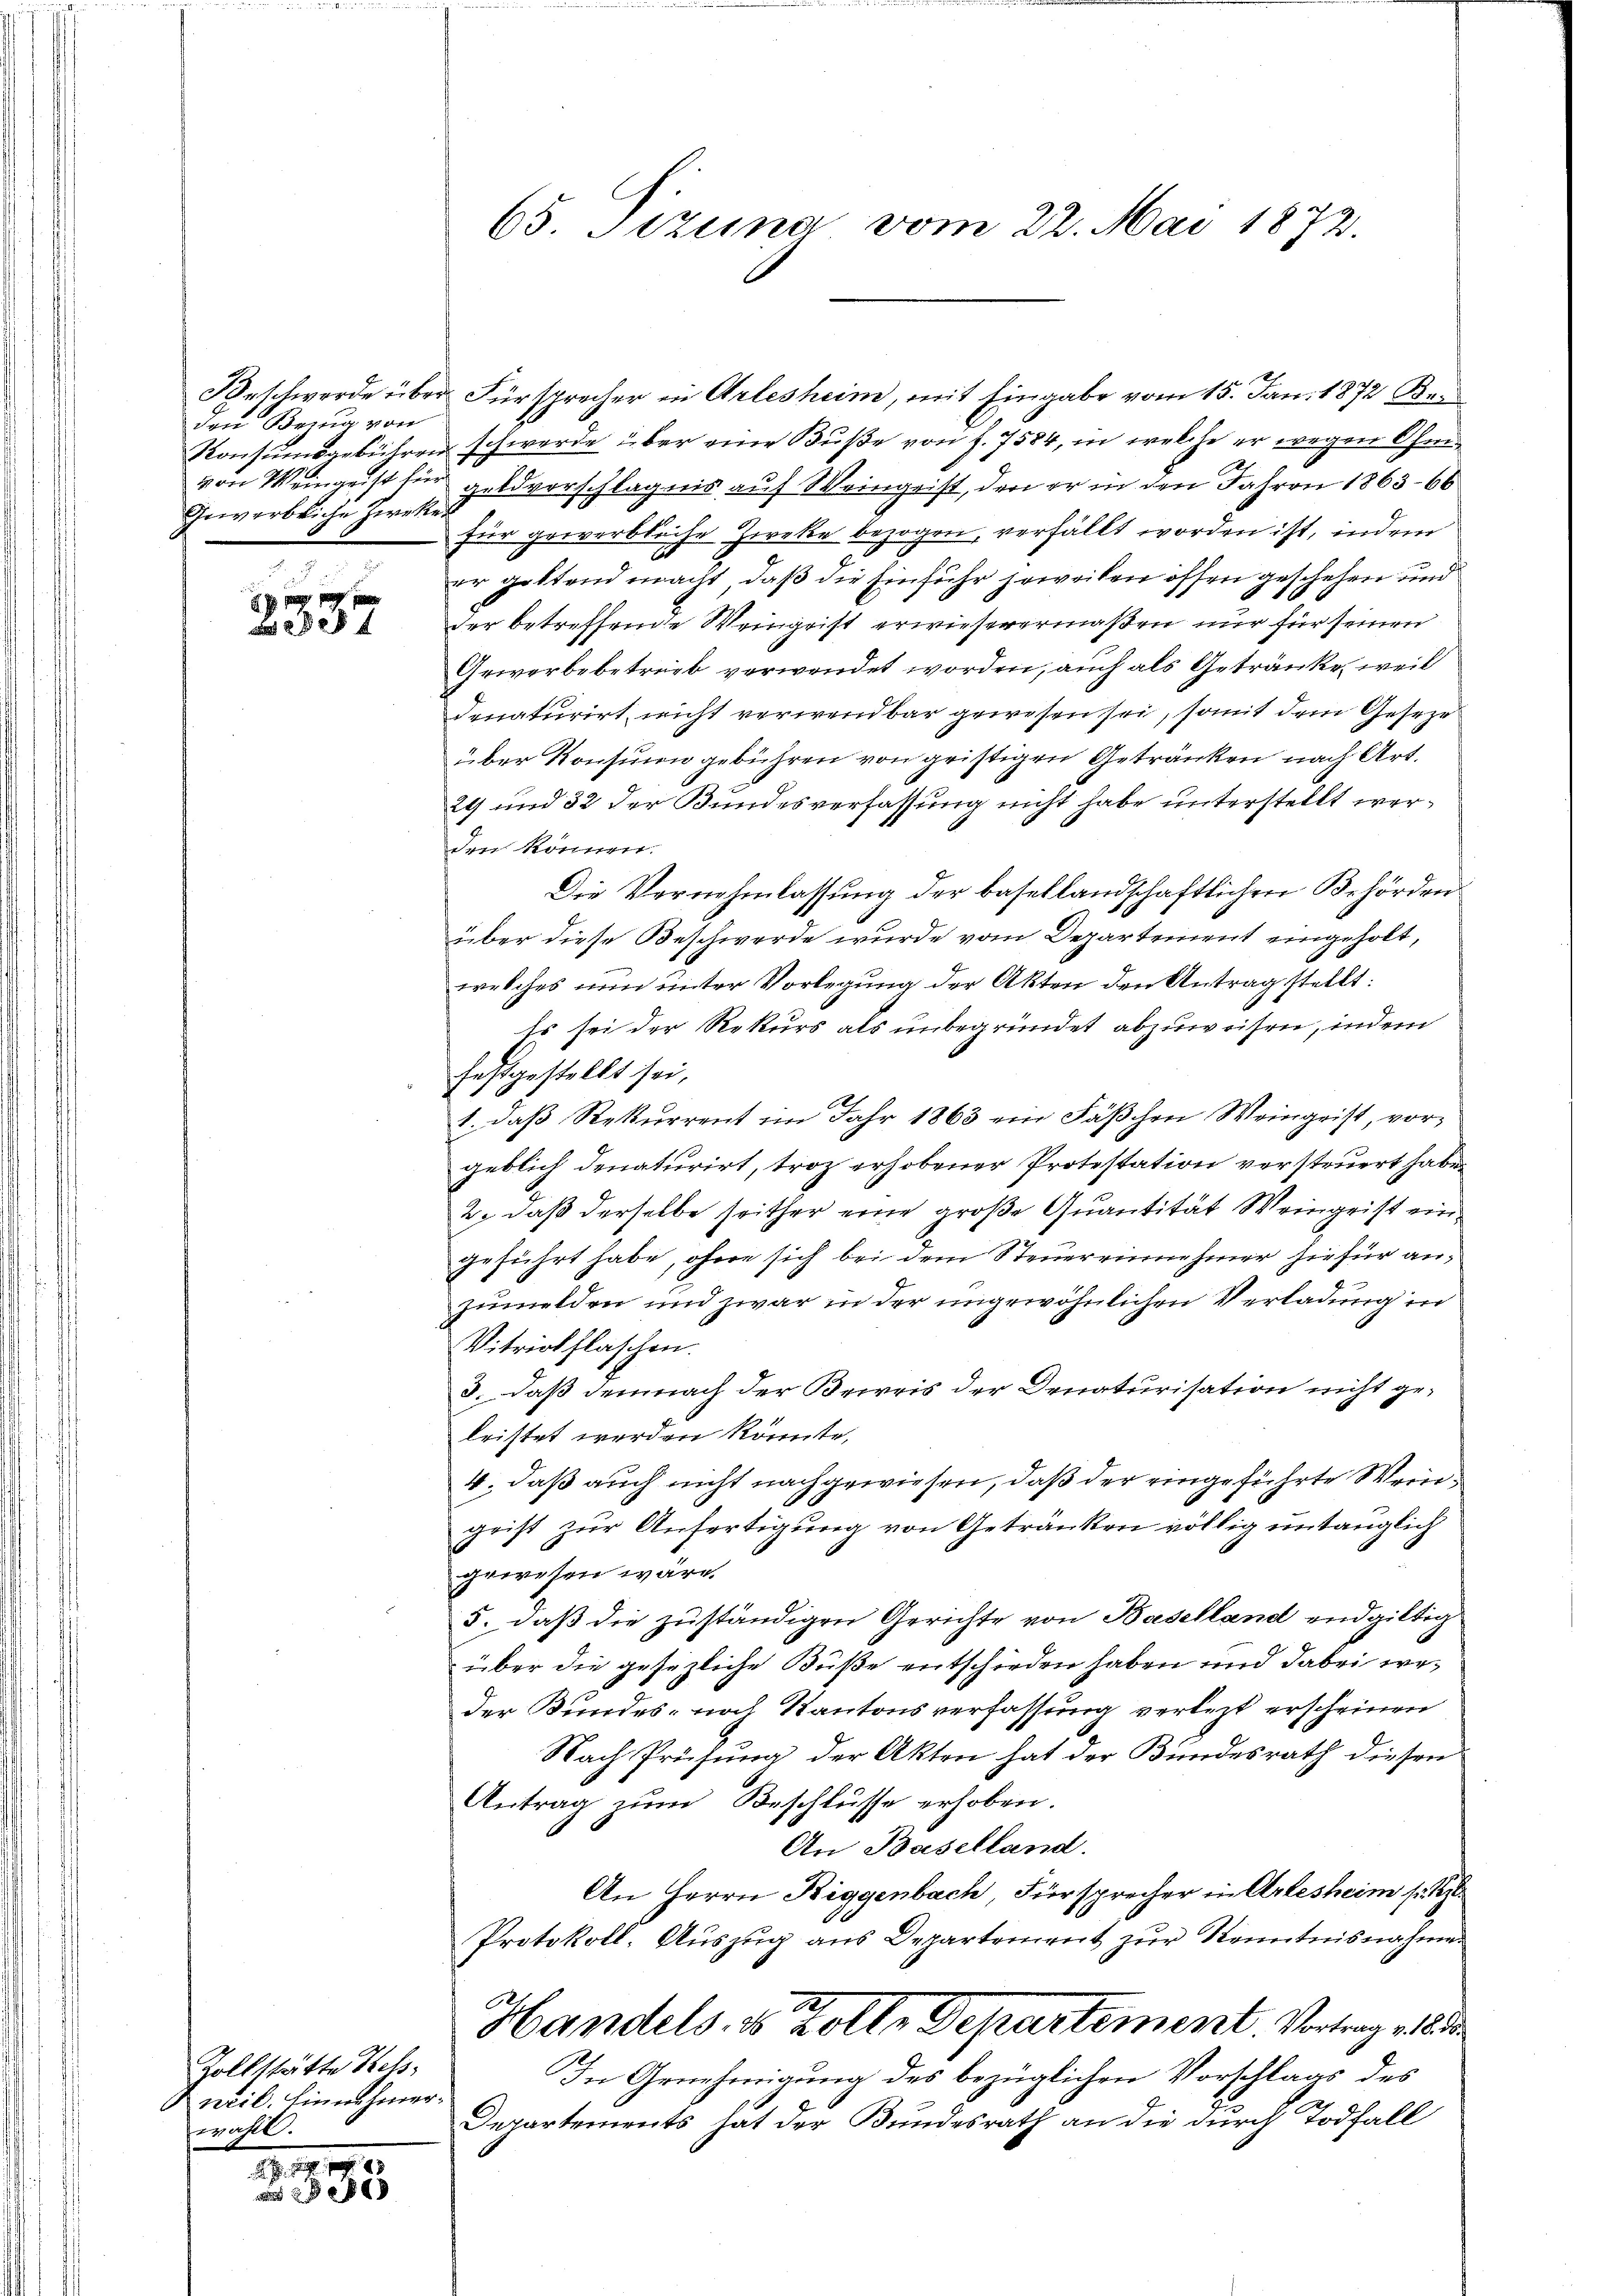
den Bezug von
Gewerbliche Zweker

307

Zollstätte Hess
neil. Einnahmerwählt.

111.
 885

65. Sizung vom 22. Mai 1872.

Beschwerde über Fürsprecher in Arlesheim, mit Eingabe vom 15. Jan. 1872 Ban
Konsumsgebühren schwerde über eine Buße von J. 7584, in welche er wegen Ohm
von Weingeist für Geldvorschlägnis auf Weingeist, den er in den Jahren 1863. 66
für gewerbliche Zweke bezogen, verfällt worden ist, indem
er geltend macht, daß die Einfuhr jeweilen offen geschehen und
der betreffende Weingrist erwieserermaßen nur für seinen
Gewerbebetrieb verwendet worden, auch als Getränke, weil
denaturirt nicht verwendbar gewesen sei, somit dem Geseze
über Konsinn gebühren von gristigen Getränken nach Art.
29 und 32 der Bundesverfassung nicht habe unterstellt werden können.
Die Vernehmlassung der basellandschaftlichen Behörden
über diese Beschwerde wurde vom Departement eingeholt,
welches nun unter Vorlegung der Akten den Antrag stellt:
Es sei der Rekurs als unbegründet abzuweisen, indem
festgestellt sei,
1. daß Rekurrent im Jahr 1863 ein Fäßchen Weingeist, vorgeblich denaturirt, troz erhobener Protestation versteuert habe.
2. daß derselbe seither eine große Quantität Weingeist eingeführt habe, ohne sich bei dem Steuereinnehmer hiefür anzumelden und zwar in der ungewöhnlichen Verladung in
Vitriolflaschen.
3. daß demnach der Beweis der Denaturisation nicht geleistet werden könnte,
4., daß auch nicht nachgewiesen, daß der eingeführte Weingrist zur Anfertigung von Getränken völlig untauglich
gewesen wäre.
5. daß die zuständigen Gerichte von Baselland endgültig
über die gesezliche Buße entschieden haben und dabei weder Bundes- noch Kantonsverfassung verletzt erscheinen
Nach Prüfung der Akten hat der Bundesrath diesen
Antrag zum Beschlüsse erhoben.
An Baselland.
An Herrn Riggenbach, Fürsprecher in Arlesheim s.
Protokoll- Aŭszŭg ans Departement zŭr Kenntnisnahme
2
Handels, es solle Departement. Vortrag v. dr
In Genehmigung des bezüglichen Vorschlags des
Departements hat der Bundesrath an die durch Todfall